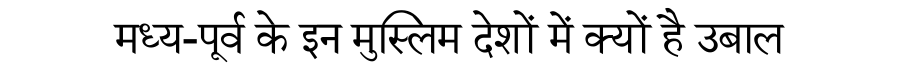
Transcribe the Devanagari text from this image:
मध्य-पूर्व के इन मुस्लिम देशों में क्यों है उबाल